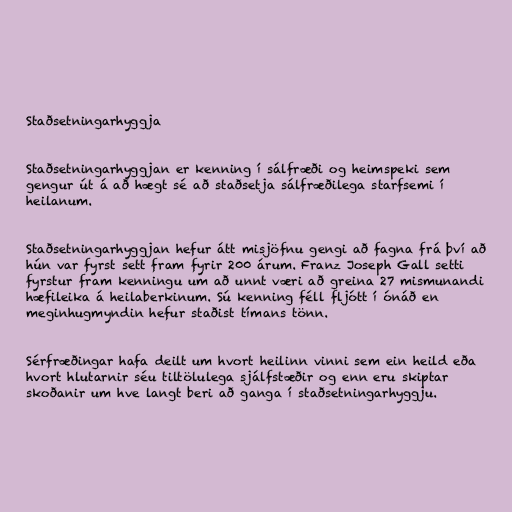
Staðsetningarhyggja

Staðsetningarhyggjan er kenning í sálfræði og heimspeki sem
gengur út á að hægt sé að staðsetja sálfræðilega starfsemi í
heilanum.

Staðsetningarhyggjan hefur átt misjöfnu gengi að fagna frá því að
hún var fyrst sett fram fyrir 200 árum. Franz Joseph Gall setti
fyrstur fram kenningu um að unnt væri að greina 27 mismunandi
hæfileika á heilaberkinum. Sú kenning féll fljótt í ónáð en
meginhugmyndin hefur staðist tímans tönn.

Sérfræðingar hafa deilt um hvort heilinn vinni sem ein heild eða
hvort hlutarnir séu tiltölulega sjálfstæðir og enn eru skiptar
skoðanir um hve langt beri að ganga í staðsetningarhyggju.